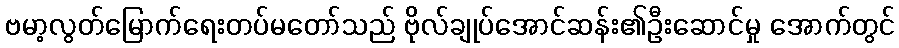
ဗမာ့လွတ်မြောက်ရေးတပ်မတော်သည် ဗိုလ်ချုပ်အောင်ဆန်း၏ဦးဆောင်မှု အောက်တွင်